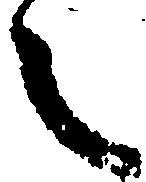
之